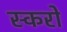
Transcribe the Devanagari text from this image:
स्करो